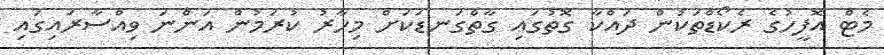
މެޓް އޮފީހުގެ ރެކޯޑްތަކުން ދައްކާ ގޮތުގައި ގާތްގަނޑަކަށް މިހާރު ކުރަމުން އަންނަ ވިއްސާރައިގައި